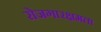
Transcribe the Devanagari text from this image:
रोजगारक्षमता